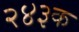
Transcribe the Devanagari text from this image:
२४३क